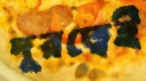
দূরত্বেই